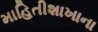
માહિતીશાખાના